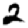
Digit: 2